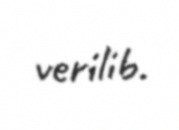
verilib.